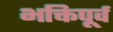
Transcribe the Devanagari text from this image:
भक्तिपूर्व